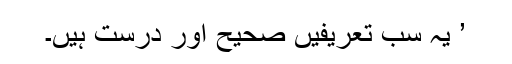
’ یہ سب تعریفیں صحیح اور درست ہیں۔